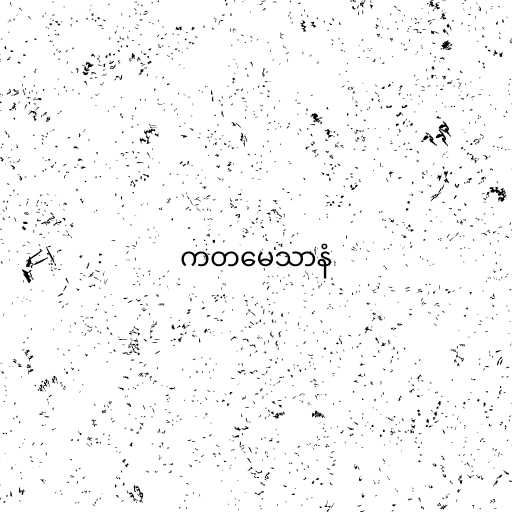
ကတမေသာနံ